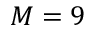
M = 9